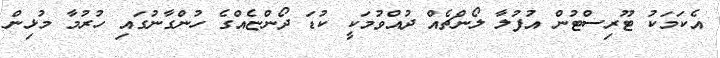
އެކަމަކު ޓޫރިސްޓުން އުފުލާ ލޯންޗެއް ދުއްވުމަކީ ކުޑަ ދޯންޏެއްގެ ހުންގާނުގައި ހުރުމާ މުޅިން